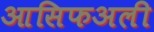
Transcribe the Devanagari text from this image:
आसिफअली